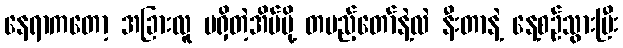
နေရာကတော့ အခြားလူ မရှိတဲ့အိမ်မို့ တပည့်တော်နဲ့လဲ နီးတာနဲ့ နေ့စဉ်သွားပြီး